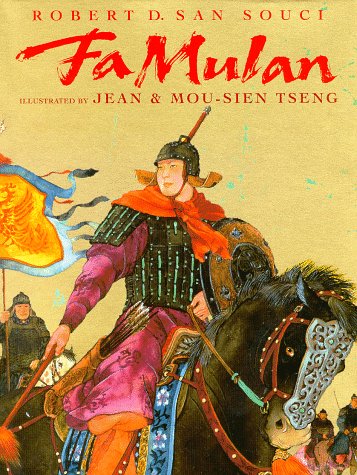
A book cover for FA Mulan: The Story of a Woman Warrior; Robert D. San Souci; Children's Books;